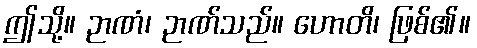
ဤသို့။ ဉာဏံ၊ ဉာဏ်သည်။ ဟောတိ၊ ဖြစ်၏။